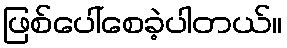
ဖြစ်ပေါ်စေခဲ့ပါတယ်။